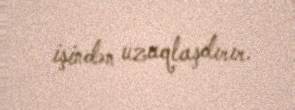
işindən uzaqlaşdırır.